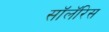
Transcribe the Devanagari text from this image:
सॉलॅरिस